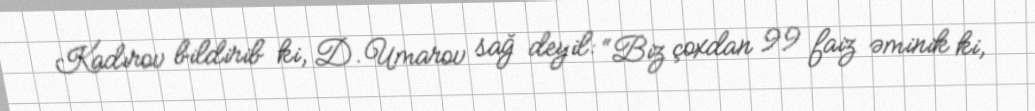
Kadırov bildirib ki, D.Umarov sağ deyil: “Biz çoxdan 99 faiz əminik ki,